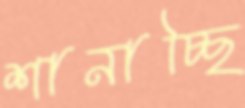
শানাচ্ছি